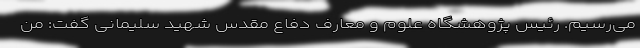
می‌رسیم. رئیس پژوهشگاه علوم و معارف دفاع مقدس شهید سلیمانی گفت: من